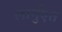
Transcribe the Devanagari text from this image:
लार्गुएत